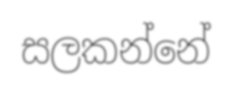
සලකන්නේ